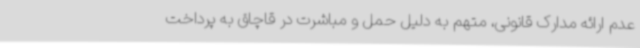
عدم ارائه مدارک قانونی، متهم به دلیل حمل و مباشرت در قاچاق به پرداخت